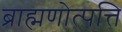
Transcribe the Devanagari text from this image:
ब्राह्मणोत्पत्ति